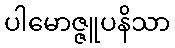
ပါမောဇ္ဇူပနိသာ